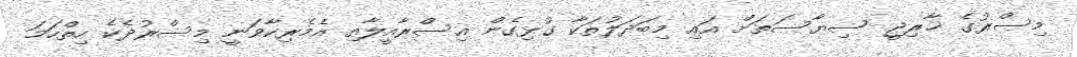
މިސްރުގެ ޚާރިޖީ ސިޔާސަތަށް އައި މިބަދަލުތަކާ ގުޅިގެން އިސްރާއީލާއި އެމެރިކާވަނީ މިސްރުދެކެ ހިތްހަމަ